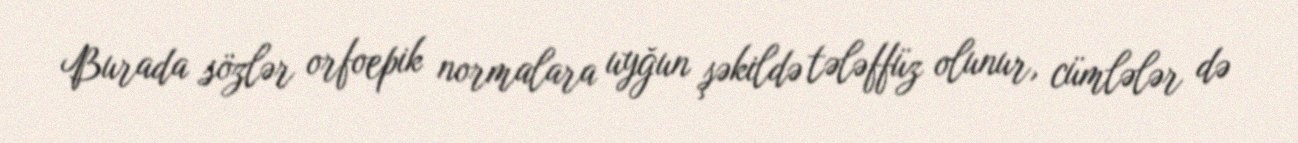
Burada sözlər orfoepik normalara uyğun şəkildə tələffüz olunur, cümlələr də